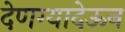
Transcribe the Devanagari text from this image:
देणग्यादेऊन